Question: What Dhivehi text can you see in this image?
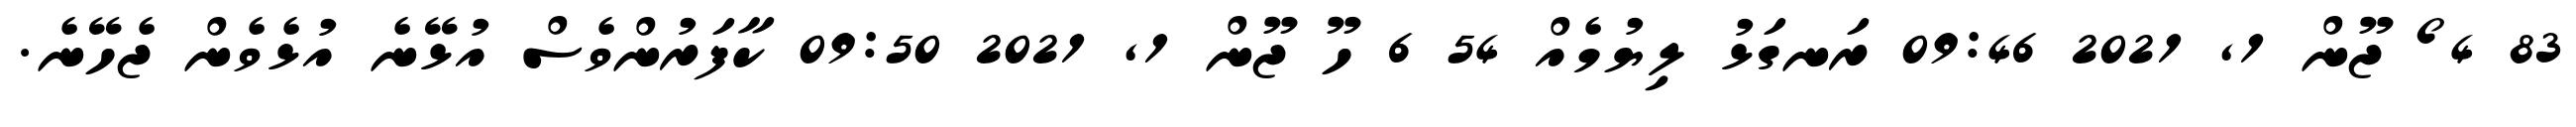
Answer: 83 4 ޯ ޖޫން 1, 2021 09:46 ރަނގަޅު ލިޔުމެއް 54 6 ހޫ ޖޫން 1, 2021 09:50 ކާފަރުންވެސް އުޅޭނެ އުޅެވެން ޖެހޭނެ.